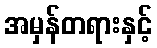
အမှန်တရားနှင့်